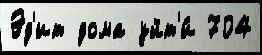
Эд'ит дома уйт'и́ 704